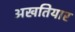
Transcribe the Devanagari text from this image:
अखतियार